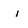
Character: i